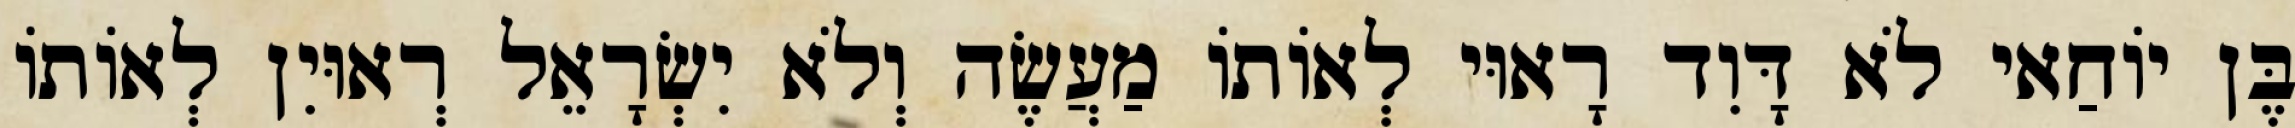
בֶּן יוֹחַאי לֹא דָּוִד רָאוּי לְאוֹתוֹ מַעֲשֶׂה וְלֹא יִשְׂרָאֵל רְאוּיִן לְאוֹתוֹ